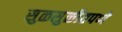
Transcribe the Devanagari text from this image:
सुळसुळीतपणे